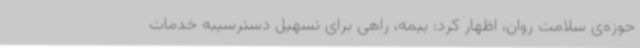
حوزه‌ی سلامت روان، اظهار کرد: بیمه، راهی برای تسهیل دسترسیبه خدمات